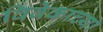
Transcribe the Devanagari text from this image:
विवेकाच्या